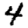
Digit: 4